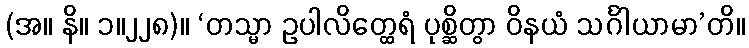
(အ။ နိ။ ၁။၂၂၈)။ ‘တသ္မာ ဥပါလိတ္ထေရံ ပုစ္ဆိတွာ ဝိနယံ သင်္ဂါယာမာ’တိ။